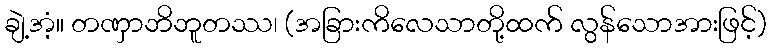
ချဲ့အံ့။ တဏှာဘိဘူတဿ၊ (အခြားကိလေသာတို့ထက် လွန်သောအားဖြင့်)